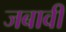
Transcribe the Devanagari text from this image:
जबावी